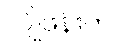
လျိုဖန်းက